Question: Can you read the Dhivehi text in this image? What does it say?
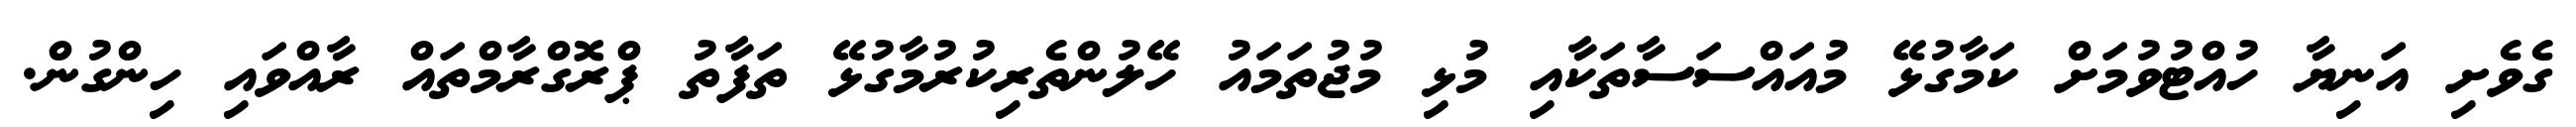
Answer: ގެވެށި އަނިޔާ ހުއްޓުވުމަށް ކަމާގުޅޭ މުއައްސަސާތަކާއި މުޅި މުޖުތަމައު ހޭލުންތެރިކުރުމާގުޅޭ ތަފާތު ޕްރޮގްރާމްތައް ރާއްވައި ހިންގުން.